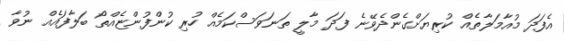
އެފަދަ މުއާމަލާތެއް ކުރިޔަށްގެންދެވޭނެ ފަދަ މާލީ ތަނަވަސްކަމެއް ހުރި ކުންފުންޏެއްތޯ ބަލާފައެއް ނުވާ